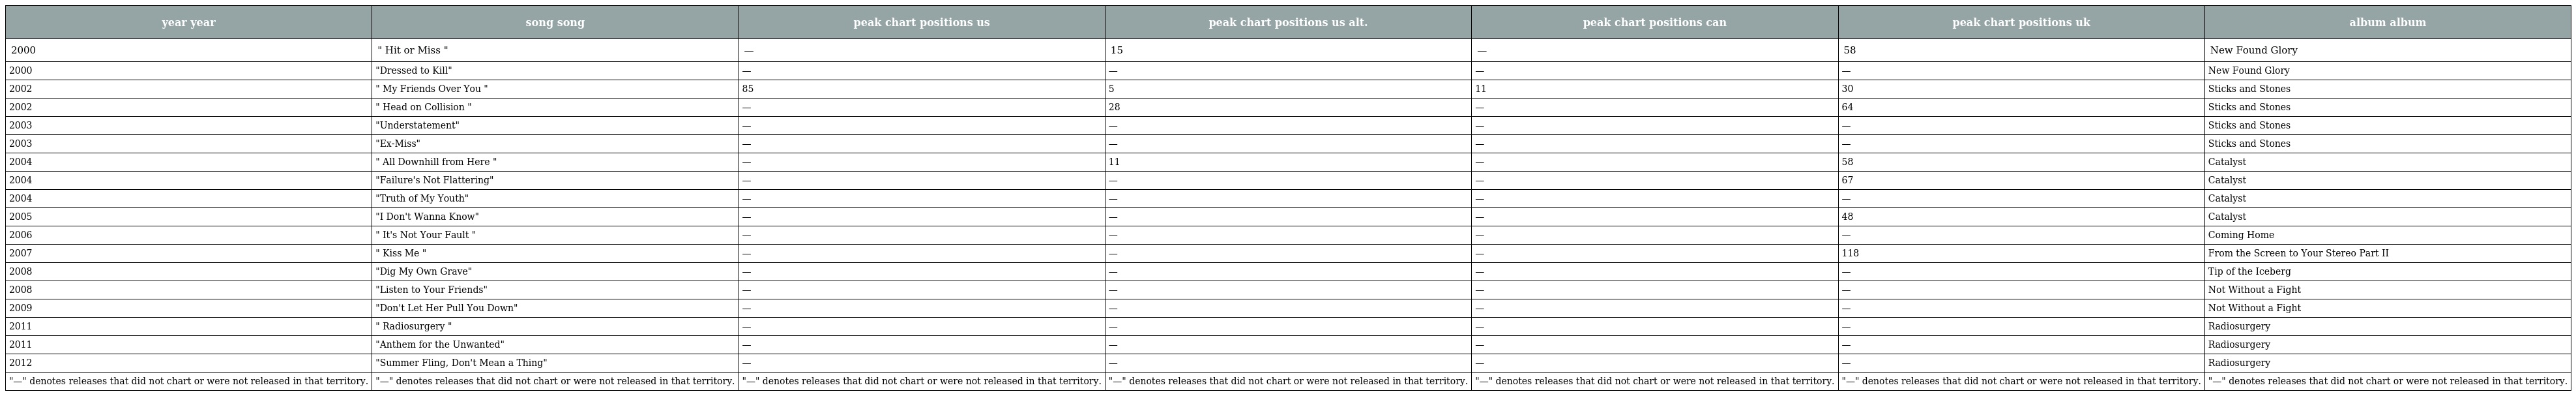
| year year | song song | peak chart positions us | peak chart positions us alt. | peak chart positions can | peak chart positions uk | album album |
 | --- | --- | --- | --- | --- | --- | --- |
 | 2000 | " Hit or Miss " | — | 15 | — | 58 | New Found Glory |
 | 2000 | "Dressed to Kill" | — | — | — | — | New Found Glory |
 | 2002 | " My Friends Over You " | 85 | 5 | 11 | 30 | Sticks and Stones |
 | 2002 | " Head on Collision " | — | 28 | — | 64 | Sticks and Stones |
 | 2003 | "Understatement" | — | — | — | — | Sticks and Stones |
 | 2003 | "Ex-Miss" | — | — | — | — | Sticks and Stones |
 | 2004 | " All Downhill from Here " | — | 11 | — | 58 | Catalyst |
 | 2004 | "Failure's Not Flattering" | — | — | — | 67 | Catalyst |
 | 2004 | "Truth of My Youth" | — | — | — | — | Catalyst |
 | 2005 | "I Don't Wanna Know" | — | — | — | 48 | Catalyst |
 | 2006 | " It's Not Your Fault " | — | — | — | — | Coming Home |
 | 2007 | " Kiss Me " | — | — | — | 118 | From the Screen to Your Stereo Part II |
 | 2008 | "Dig My Own Grave" | — | — | — | — | Tip of the Iceberg |
 | 2008 | "Listen to Your Friends" | — | — | — | — | Not Without a Fight |
 | 2009 | "Don't Let Her Pull You Down" | — | — | — | — | Not Without a Fight |
 | 2011 | " Radiosurgery " | — | — | — | — | Radiosurgery |
 | 2011 | "Anthem for the Unwanted" | — | — | — | — | Radiosurgery |
 | 2012 | "Summer Fling, Don't Mean a Thing" | — | — | — | — | Radiosurgery |
 | "—" denotes releases that did not chart or were not released in that territory. | "—" denotes releases that did not chart or were not released in that territory. | "—" denotes releases that did not chart or were not released in that territory. | "—" denotes releases that did not chart or were not released in that territory. | "—" denotes releases that did not chart or were not released in that territory. | "—" denotes releases that did not chart or were not released in that territory. | "—" denotes releases that did not chart or were not released in that territory. |